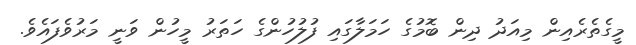
މީގެތެރެއިން މިއަދު ދިން ބޮމުގެ ހަމަލާގައި ފުލުހުންގެ ހަތަރު މީހުން ވަނީ މަރުވެފައެވެ.